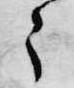
々